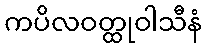
ကပိလဝတ္ထုဝါသီနံ